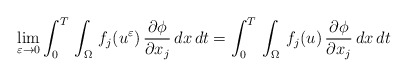
\begin{align*}\displaystyle\lim_{\varepsilon\to 0}\int_{0}^{T}\,\int_{\Omega}\,f_{j}(u^{\varepsilon})\,\frac{\partial \phi}{\partial x_{j}}\,dx\,dt = \int_{0}^{T}\,\int_{\Omega}\, f_{j}(u)\,\frac{\partial\phi}{\partial x_{j}}\,dx\,dt\end{align*}